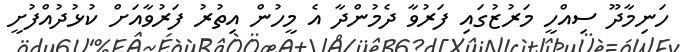
ހަނިމާދޫ ސިއްހީ މަރުޒުގައި ފަރުވާ ދެމުންދާ އެ މީހުން އިތުރު ފަރުވާއަށް ކުޅުދުއްފުށީ